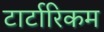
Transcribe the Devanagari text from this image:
टार्टारिकम